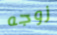
زوجه